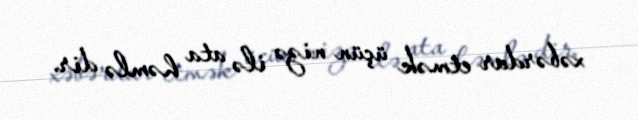
xəbərdar etmək üçün nizə ilə ata həmlə dir.